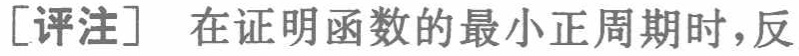
[评注] 在证明函数的最小正周期时,反